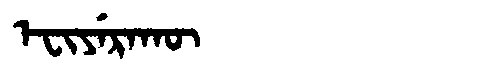
Manchu: ᡝᠸᡳᠶᡝᡵᠠᡴᡡ
Romanization: EFIYERAKŪ